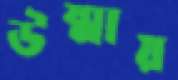
উষ্মায়